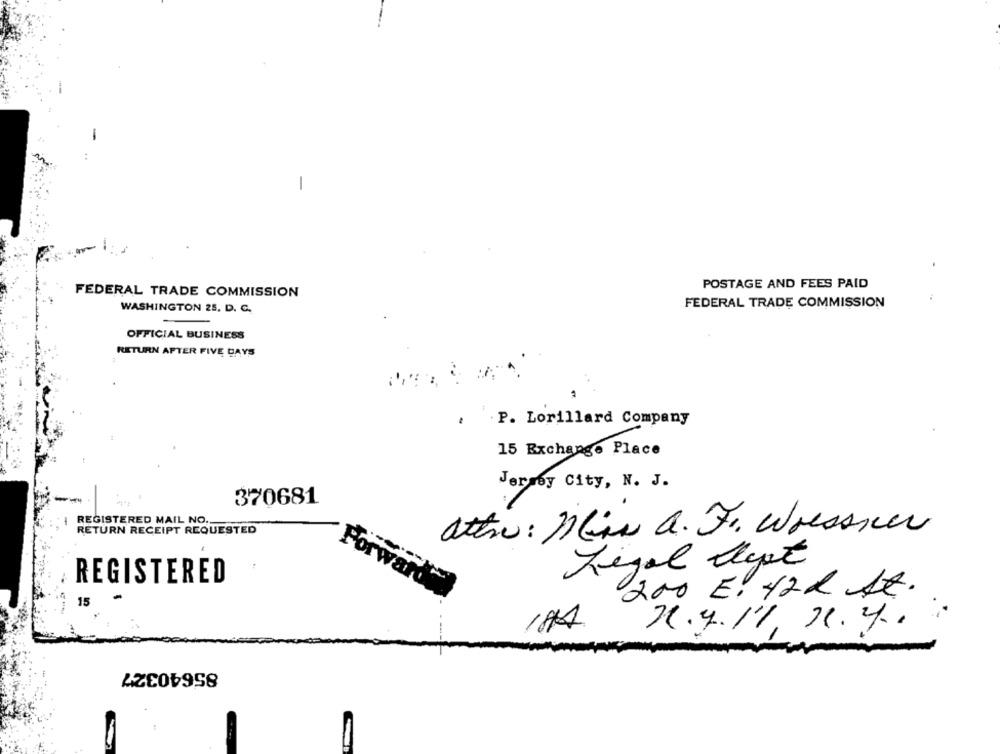
-
POSTAGE AND FEES PAID
FEDERAL TRADE COMMISSION
WASHINGTON 25, D. C.
FEDERAL TRADE COMMISSION
OFFICIAL BUSINESS
RETURN AFTER FIVE DAYS
. P. Lorillard Company
15 Exchange Place
Jersey City, N. J.
--
370681
REGISTERED MAIL NO ..
RETURN RECEIPT REQUESTED
attre: Hlin a. Fr. Wressier
Legal Cept
REGISTERED
Forwarded
200 E. 422 At.
15
21.4.11, 11.4.
85640327
-